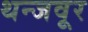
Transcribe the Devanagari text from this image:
थन्जवूर